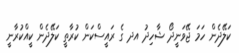
ކަލޭދެން ހަމަ ޖޭވަނީދޯ ޝާހިދު އދ ގެ ރައީސްކަން ކުރާތީ ކަލޭދެން ކީއްކުރާނީ